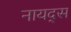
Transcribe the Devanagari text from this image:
नायद्स